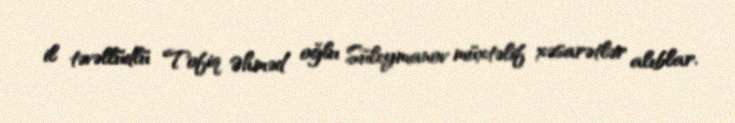
il təvəllüdlü Tofiq Əhməd oğlu Süleymanov müxtəlif xəsarətlər alıblar.